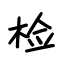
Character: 检